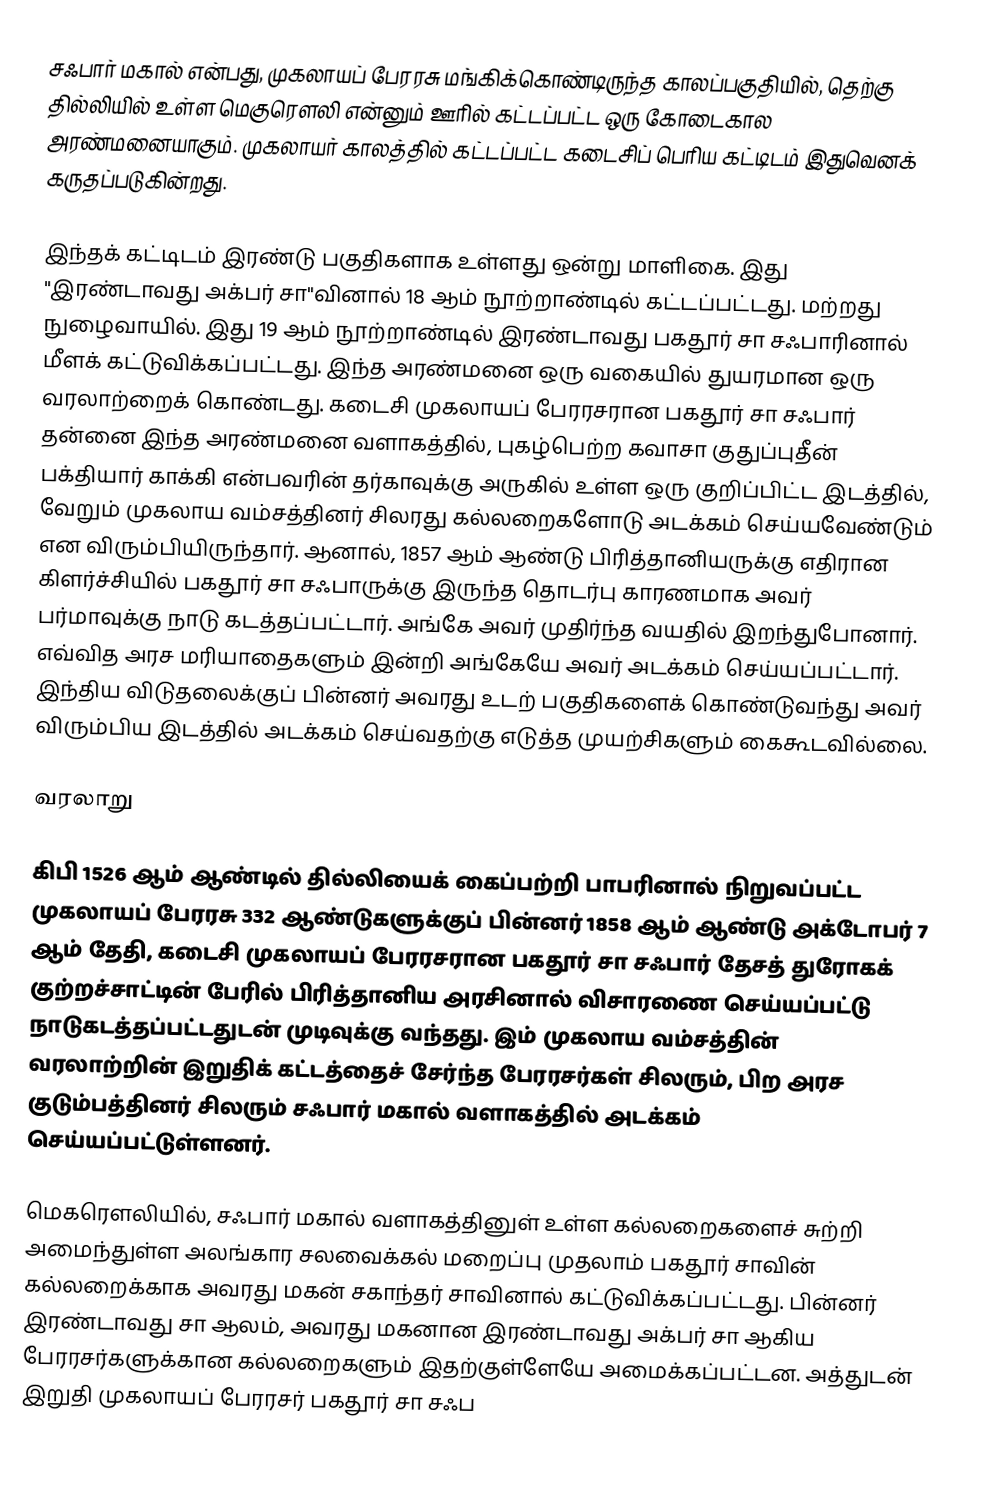
சஃபார் மகால் என்பது, முகலாயப் பேரரசு மங்கிக்கொண்டிருந்த காலப்பகுதியில், தெற்கு தில்லியில் உள்ள மெகுரௌலி என்னும் ஊரில் கட்டப்பட்ட ஒரு கோடைகால அரண்மனையாகும். முகலாயர் காலத்தில் கட்டப்பட்ட கடைசிப் பெரிய கட்டிடம் இதுவெனக் கருதப்படுகின்றது.

இந்தக் கட்டிடம் இரண்டு பகுதிகளாக உள்ளது ஒன்று மாளிகை. இது "இரண்டாவது அக்பர் சா"வினால் 18 ஆம் நூற்றாண்டில் கட்டப்பட்டது. மற்றது நுழைவாயில். இது 19 ஆம் நூற்றாண்டில் இரண்டாவது பகதூர் சா சஃபாரினால் மீளக் கட்டுவிக்கப்பட்டது. இந்த அரண்மனை ஒரு வகையில் துயரமான ஒரு வரலாற்றைக் கொண்டது. கடைசி முகலாயப் பேரரசரான பகதூர் சா சஃபார் தன்னை இந்த அரண்மனை வளாகத்தில், புகழ்பெற்ற கவாசா குதுப்புதீன் பக்தியார் காக்கி என்பவரின் தர்காவுக்கு அருகில் உள்ள ஒரு குறிப்பிட்ட இடத்தில், வேறும் முகலாய வம்சத்தினர் சிலரது கல்லறைகளோடு அடக்கம் செய்யவேண்டும் என விரும்பியிருந்தார். ஆனால், 1857 ஆம் ஆண்டு பிரித்தானியருக்கு எதிரான கிளர்ச்சியில் பகதூர் சா சஃபாருக்கு இருந்த தொடர்பு காரணமாக அவர் பர்மாவுக்கு நாடு கடத்தப்பட்டார். அங்கே அவர் முதிர்ந்த வயதில் இறந்துபோனார். எவ்வித அரச மரியாதைகளும் இன்றி அங்கேயே அவர் அடக்கம் செய்யப்பட்டார். இந்திய விடுதலைக்குப் பின்னர் அவரது உடற் பகுதிகளைக் கொண்டுவந்து அவர் விரும்பிய இடத்தில் அடக்கம் செய்வதற்கு எடுத்த முயற்சிகளும் கைகூடவில்லை.

வரலாறு

கிபி 1526 ஆம் ஆண்டில் தில்லியைக் கைப்பற்றி பாபரினால் நிறுவப்பட்ட முகலாயப் பேரரசு 332 ஆண்டுகளுக்குப் பின்னர் 1858 ஆம் ஆண்டு அக்டோபர் 7 ஆம் தேதி, கடைசி முகலாயப் பேரரசரான பகதூர் சா சஃபார் தேசத் துரோகக் குற்றச்சாட்டின் பேரில் பிரித்தானிய அரசினால் விசாரணை செய்யப்பட்டு நாடுகடத்தப்பட்டதுடன் முடிவுக்கு வந்தது. இம் முகலாய வம்சத்தின் வரலாற்றின் இறுதிக் கட்டத்தைச் சேர்ந்த பேரரசர்கள் சிலரும், பிற அரச குடும்பத்தினர் சிலரும் சஃபார் மகால் வளாகத்தில் அடக்கம் செய்யப்பட்டுள்ளனர்.

மெகரௌலியில், சஃபார் மகால் வளாகத்தினுள் உள்ள கல்லறைகளைச் சுற்றி அமைந்துள்ள அலங்கார சலவைக்கல் மறைப்பு முதலாம் பகதூர் சாவின் கல்லறைக்காக அவரது மகன் சகாந்தர் சாவினால் கட்டுவிக்கப்பட்டது. பின்னர் இரண்டாவது சா ஆலம், அவரது மகனான இரண்டாவது அக்பர் சா ஆகிய பேரரசர்களுக்கான கல்லறைகளும் இதற்குள்ளேயே அமைக்கப்பட்டன. அத்துடன் இறுதி முகலாயப் பேரரசர் பகதூர் சா சஃப